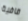
قافية